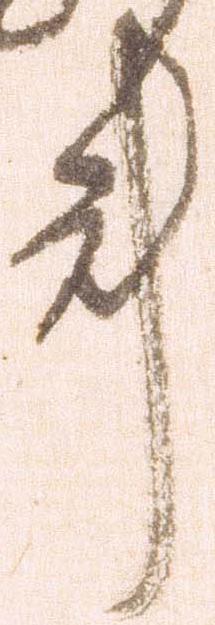
事